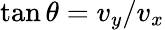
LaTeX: \tan\theta=v_{y}/v_{x}